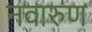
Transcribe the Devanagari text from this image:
नवारुण